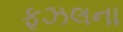
ફઝલના